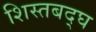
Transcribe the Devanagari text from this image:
शिस्तबद्घ